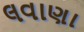
લવાણા